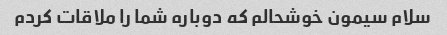
سلام سیمون خوشحالم که دوباره شما را ملاقات کردم